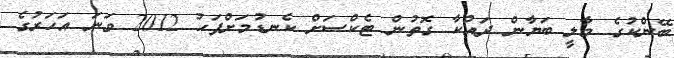
ބޭންކުގެ މާލީ ބަޔާން ދައްކާ ގޮތުން ޓެކްސަށް ކެނޑުމަށްފަހު 2012 ވަނަ އަހަރުގެ